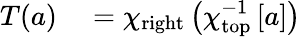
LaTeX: \begin{array}{rl}{T(a)}&{{}=\chi_{\mathrm{right}}\left(\chi_{\mathrm{top}}^{-1}\left[a\right]\right)}\end{array}